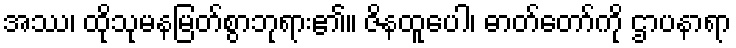
အဿ၊ ထိုသုမနမြတ်စွာဘုရား၏။ ဇိနထူပေါ၊ ဓာတ်တော်ကို ဌာပနာရာ